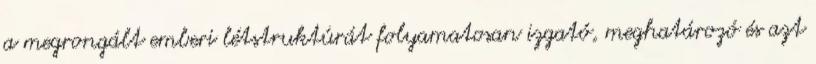
a megrongált emberi létstruktúrát folyamatosan izgató, meghatározó és azt